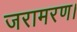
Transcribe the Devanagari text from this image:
जरामरण।